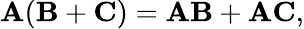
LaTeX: \mathbf{A}(\mathbf{B}+\mathbf{C})=\mathbf{AB}+\mathbf{AC},